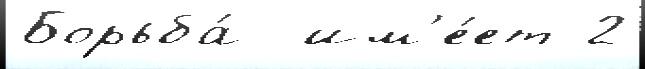
Борьба́  им'е́ет 2